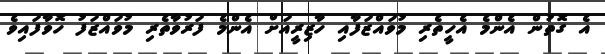
އެ ގޮތުން އެންމެ އެހީތެރި މުވައްޒަފާއި ހާޒިރީއަށް އެންމެ ފަރުވާތެރި މުވައްޒަފު ހޮވާފައިވެ